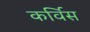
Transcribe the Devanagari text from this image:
कर्विस